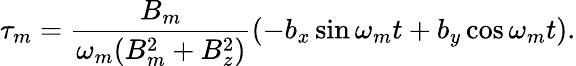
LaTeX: \tau_{m}=\frac{B_{m}}{\omega_{m}(B_{m}^{2}+B_{z}^{2})}(-b_{x}\sin\omega_{m}t+b_{y}\cos\omega_{m}t).